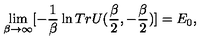
\lim _ { \beta \to \infty } [ - \frac { 1 } { \beta } \ln T r U ( \frac { \beta } { 2 } , - \frac { \beta } { 2 } ) ] = E _ { 0 } ,